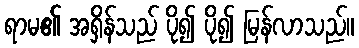
ရာမ၏ အရှိန်သည် ပို၍ ပို၍ မြန်လာသည်။